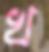
খ